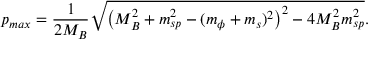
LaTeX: p _ { m a x } = \frac { 1 } { 2 M _ { B } } \sqrt { \left( M _ { B } ^ { 2 } + m _ { s p } ^ { 2 } - ( m _ { \phi } + m _ { s } ) ^ { 2 } \right) ^ { 2 } - 4 M _ { B } ^ { 2 } m _ { s p } ^ { 2 } } .